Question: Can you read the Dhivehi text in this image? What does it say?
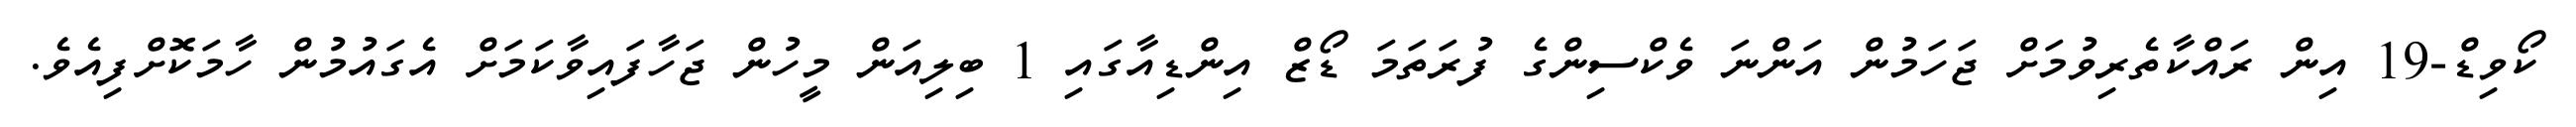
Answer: ކޯވިޑް-19 އިން ރައްކާތެރިވުމަށް ޖަހަމުން އަންނަ ވެކްސިންގެ ފުރަތަމަ ޑޯޒް އިންޑިއާގައި 1 ބިލިއަން މީހުން ޖަހާފައިވާކަމަށް އެގައުމުން ހާމަކޮށްފިއެވެ.